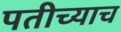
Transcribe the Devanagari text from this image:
पतीच्याच